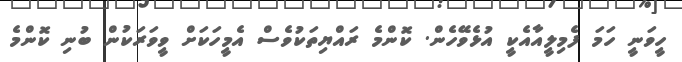
ހީވަނީ ހަމަ ފެމިލީއާއެކީ އުޅެވޭހެން. ކޮންމެ ރައްޔިތަކުވެސް އެމީހަކަށް ވީވަރަކުން ބުނި ކޮންމެ